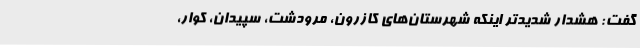
گفت: هشدار شدیدتر اینکه شهرستان‌های کازرون، مرودشت، سپیدان، کوار،